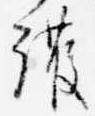
護